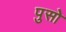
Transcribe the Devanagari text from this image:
पुसो